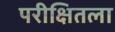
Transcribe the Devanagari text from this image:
परीक्षितला